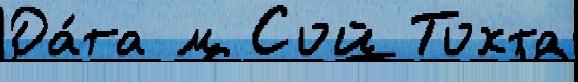
Да́та м Сой Тохта